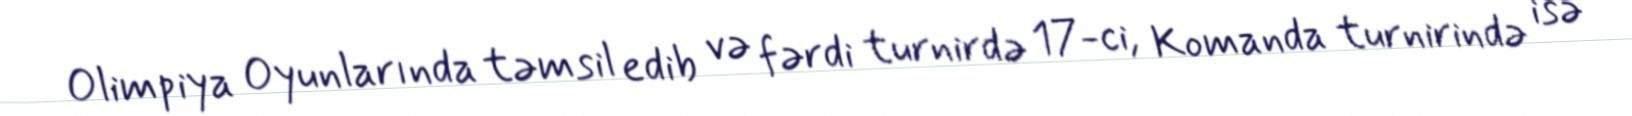
Olimpiya Oyunlarında təmsil edib və fərdi turnirdə 17-ci, Komanda turnirində isə